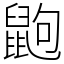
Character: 鼩